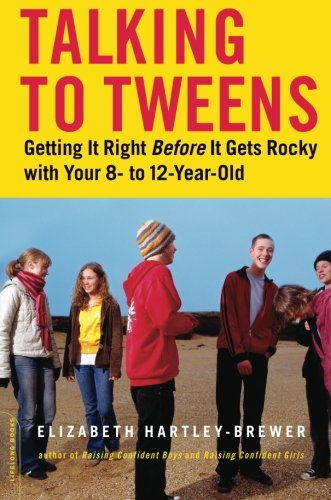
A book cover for Talking to Tweens: Getting It Right Before It Gets Rocky with Your 8- to 12-Year-Old; Elizabeth Hartley-Brewer; Parenting & Relationships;